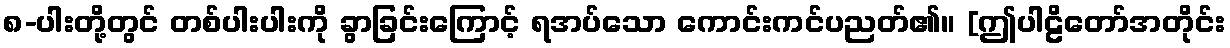
၈-ပါးတို့တွင် တစ်ပါးပါးကို ခွာခြင်းကြောင့် ရအပ်သော ကောင်းကင်ပညတ်၏။ [ဤပါဠိတော်အတိုင်း